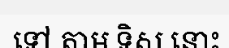
ទៅ តាម ទិស នោះ